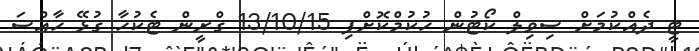
ޓީ ދެއްކުމަށް ސިވިލް ކޯޓުން ހުކުމްކޮށްފި 13/10/15 ގްރީން ޓެކުހާ ގުޅޭ ހާއްސަ